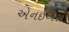
એનઈએસ